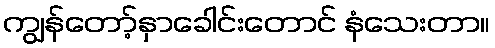
ကျွန်တော့်နှာခေါင်းတောင် နံသေးတာ။